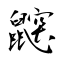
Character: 鼵